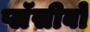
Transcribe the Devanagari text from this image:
प्लॅसीबो